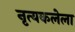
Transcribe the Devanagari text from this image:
नृत्यकलेला